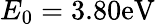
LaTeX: E_{0}=3.80\mathrm{eV}